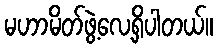
မဟာမိတ်ဖွဲ့လေ့ရှိပါတယ်။